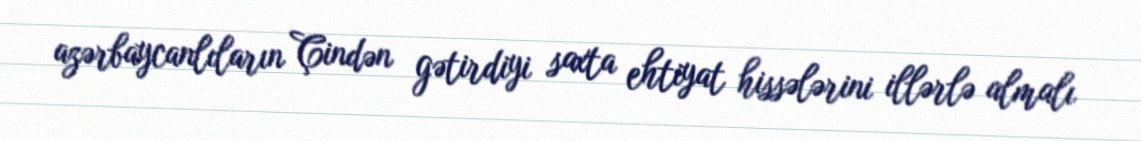
azərbaycanlıların Çindən gətirdiyi saxta ehtiyat hissələrini illərlə almalı